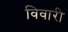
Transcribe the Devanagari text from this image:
विवारी